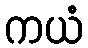
ကယံ